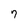
Character: 7